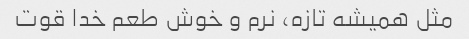
مثل همیشه تازه، نرم و خوش طعم خدا قوت